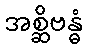
အစ္ဆိဗန္ဓံ